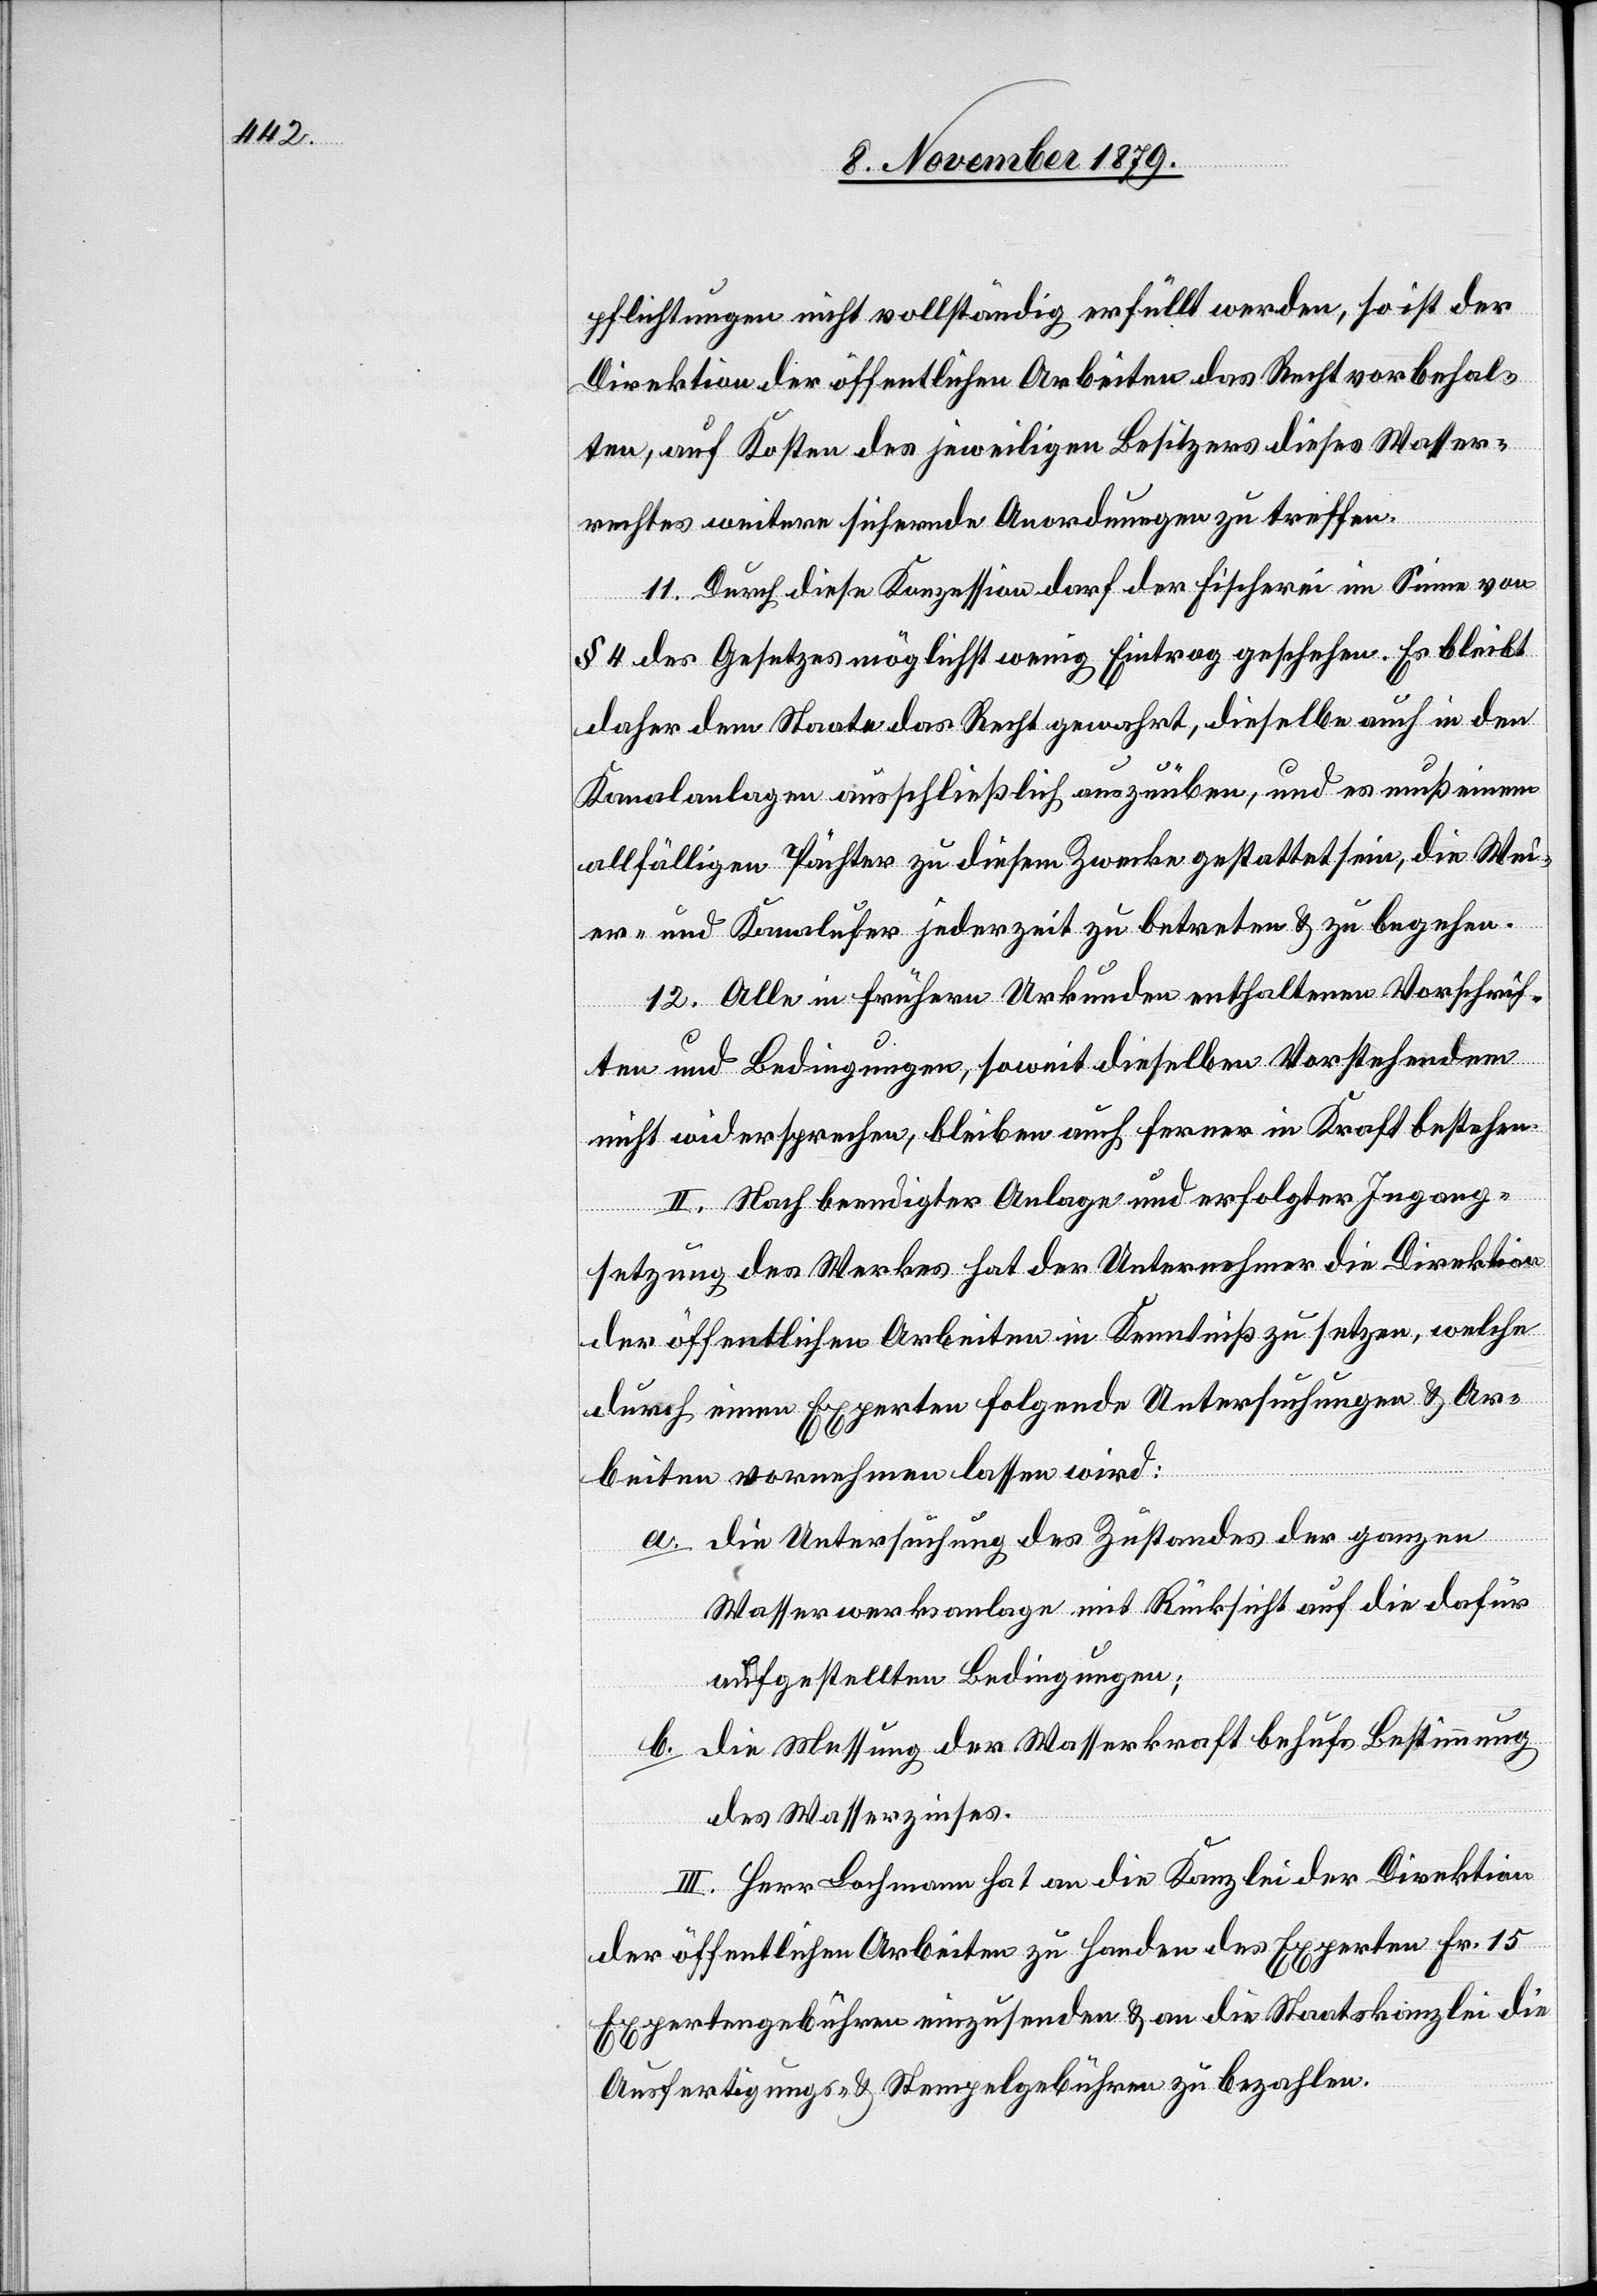
pflichtungen nicht vollständig erfüllt werden, so ist der
Direktion der öffentlichen Arbeiten das Recht vorbehal¬
ten, auf Kosten des jeweiligen Besitzers dieses Wasser¬
rechtes weitere sichernde Anordnungen zu treffen.
11. Durch diese Konzession darf der Fischerei im Sinne von
§ 4 des Gesetzes möglichst wenig Eintrag geschehen. Es bleibt
daher dem Staate das Recht gewahrt, dieselbe auch in den
Kanalanlagen ausschließlich auszuüben, und es muß einem
allfälligen Pächter zu diesem Zwecke gestattet sein, die Wei¬
er- und Kanalufer jederzeit zu betreten & zu begehen.
12. Alle in frühern Urkunden enthaltenen Vorschrif¬
ten und Bedingungen, soweit dieselben Vorstehendem
nicht widersprechen, bleiben auch ferner in Kraft bestehen.
II. Nach beendigter Anlage und erfolgter Ingang¬
setzung des Werkes hat der Unternehmer die Direktion
der öffentlichen Arbeiten in Kenntniß zu setzen, welche
durch einen Experten folgende Untersuchungen & Ar¬
beiten vornehmen lassen wird:
a. die Untersuchung des Zustandes der ganzen
Wasserwerkanlage mit Rücksicht auf die dafür
aufgestellten Bedingungen;
b. die Messung der Wasserkraft behufs Bestimmung
des Wasserzinses.
III. Herr Lachmann hat an die Kanzlei der Direktion
der öffentlichen Arbeiten zu Handen des Experten Fr. 15
Expertengebühren einzusenden & an die Staatskanzlei die
Ausfertigungs- & Stempelgebühren zu bezahlen.